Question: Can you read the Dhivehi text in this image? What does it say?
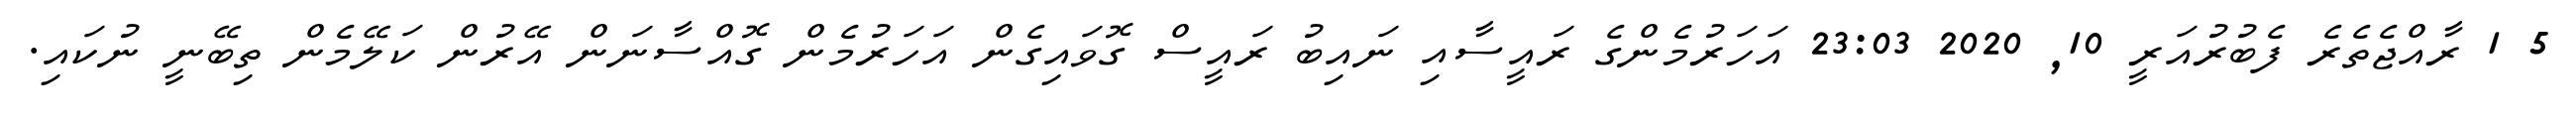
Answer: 5 1 ރާއްޖެތެރެ ފެބުރުއަރީ 10, 2020 23:03 އަހަރުމެންގެ ރައީސާއި ނައިބު ރައީސް ގޮވައިގެން އަހަރުމެން ގޮއްސާނަން އޭރުން ކަލޭމެން ތިބޭނީ ނުކައި.